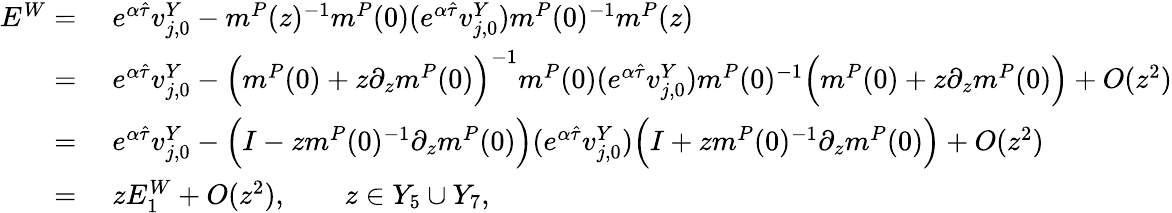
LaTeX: \begin{array}{rl}{E^{W}=}&{\; e^{\alpha\hat{\tau}}v_{j,0}^{Y}-m^{P}(z)^{-1}m^{P}(0)(e^{\alpha\hat{\tau}}v_{j,0}^{Y})m^{P}(0)^{-1}m^{P}(z)}\\ {=}&{\; e^{\alpha\hat{\tau}}v_{j,0}^{Y}-\Big(m^{P}(0)+z\partial_{z}m^{P}(0)\Big)^{-1}m^{P}(0)(e^{\alpha\hat{\tau}}v_{j,0}^{Y})m^{P}(0)^{-1}\Big(m^{P}(0)+z\partial_{z}m^{P}(0)\Big)+O(z^{2})}\\ {=}&{\; e^{\alpha\hat{\tau}}v_{j,0}^{Y}-\Big(I-zm^{P}(0)^{-1}\partial_{z}m^{P}(0)\Big)(e^{\alpha\hat{\tau}}v_{j,0}^{Y})\Big(I+zm^{P}(0)^{-1}\partial_{z}m^{P}(0)\Big)+O(z^{2})}\\ {=}&{\; zE_{1}^{W}+O(z^{2}),\qquad z\in Y_{5}\cup Y_{7},}\end{array}